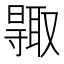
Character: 𠮊